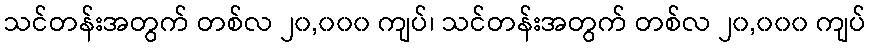
သင်တန်းအတွက် တစ်လ ၂၀,၀၀၀ ကျပ်၊ သင်တန်းအတွက် တစ်လ ၂၀,၀၀၀ ကျပ်